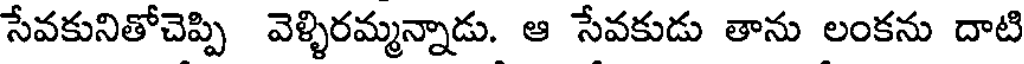
సేవకునితోచెప్పి వెళ్ళిరమ్మన్నాడు. ఆ సేవకుడు తాను లంకను దాటి